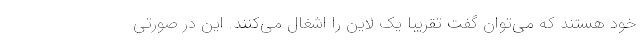
خود هستند که می‌توان گفت تقریبا یک لاین را اشغال می‌کنند. این در صورتی